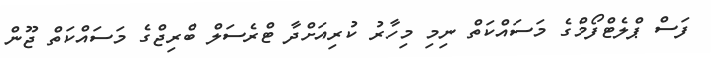
ފަސް ޕްލެޓްފޯމްގެ މަސައްކަތް ނިމި މިހާރު ކުރިއަށްދާ ޓްރެސަލް ބްރިޖްގެ މަސައްކަތް ޖޫން